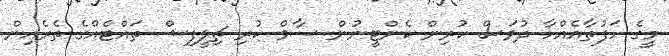
މީގެ ހަފުތާއެއްހާ ދުވަސް ކުރިން ކެންޓީނުން ސާވް ކުރި ޗިލީފިޝް ތައްޓެއްގެ ތެރެއިން